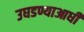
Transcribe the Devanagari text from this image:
उघडण्याआधी